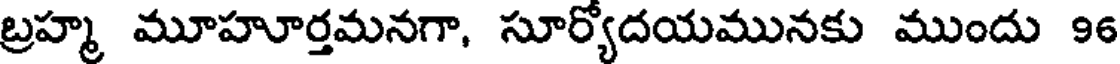
బ్రహ్మ మూహూర్తమనగా, సూర్యోదయమునకు ముందు 96